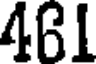
461